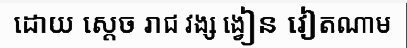
ដោយ ស្តេច រាជ វង្ស ង្វៀន វៀតណាម